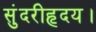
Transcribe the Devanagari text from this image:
सुंदरीहृदय।